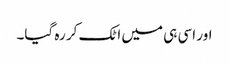
اور اسی ہی میں اٹک کر رہ گیا۔